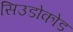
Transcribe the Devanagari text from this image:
सिउडोकोड